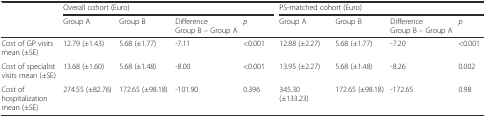
|  | <COLSPAN=4> Overall cohort (Euro) | <COLSPAN=4> PS-matched cohort (Euro) |
 |  | Group A | Group B | Difference Group B – Group A | p | Group A | Group B | Difference Group B – Group A | p |
 | --- | --- | --- | --- | --- | --- | --- | --- | --- |
 | Cost of GP visits mean (±SE) | 12.79 (±1.43) | 5.68 (±1.77) | -7.11 | <0.001 | 12.88 (±2.27) | 5.68 (±1.77) | -7.20 | <0.001 |
 | Cost of specialist visits mean (±SE) | 13.68 (±1.60) | 5.68 (±1.48) | -8.00 | <0.001 | 13.95 (±2.27) | 5.68 (±1.48) | -8.26 | 0.002 |
 | Cost of hospitalization mean (±SE) | 274.55 (±82.76) | 172.65 (±98.18) | -101.90 | 0.396 | 345.30 (±133.23) | 172.65 (±98.18) | -172.65 | 0.98 |